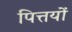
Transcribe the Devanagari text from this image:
पित्तयों